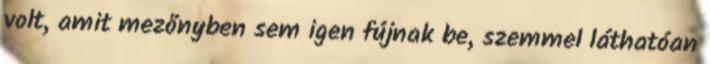
volt, amit mezőnyben sem igen fújnak be, szemmel láthatóan